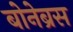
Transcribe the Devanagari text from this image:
बोनेब्रस